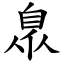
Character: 臮